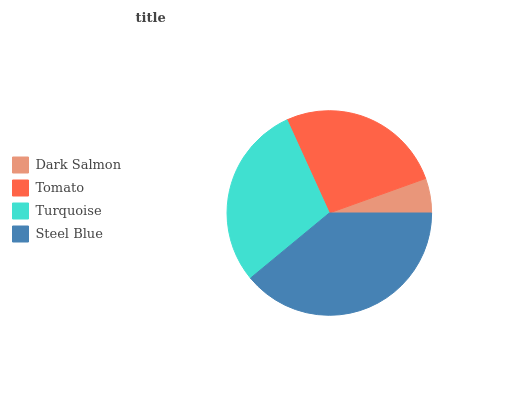
| Dark Salmon | Tomato | Turquoise | Steel Blue |
 | --- | --- | --- | --- |
 | 5.48% | 26.3% | 29.2% | 39.1% |